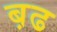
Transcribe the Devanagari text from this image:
ब़ढ